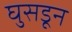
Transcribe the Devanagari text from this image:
घुसडून